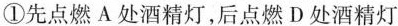
①先点燃A处酒精灯，后点燃D处酒精灯